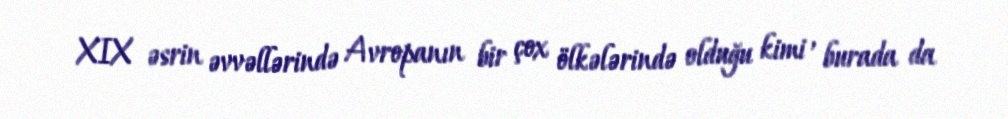
XIX əsrin əvvəllərində Avropanın bir çox ölkələrində olduğu kimi , burada da